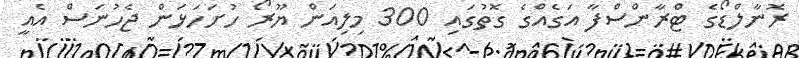
ރޮނާލްޑޯގެ ޓްރާންސްފާ އަގެއްގެ ގޮތުގައި 300 މިލިއަން ޔޫރޯ ހުށަހަޅަން ޖެހުނަސް އެއީ